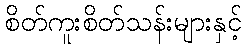
စိတ်ကူးစိတ်သန်းများနှင့်